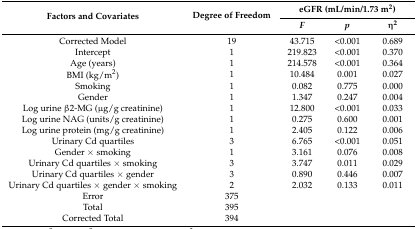
| <ROWSPAN=2> Factors and Covariates | <ROWSPAN=2> Degree of Freedom | <COLSPAN=3> eGFR (mL/min/1.73 m2) |
 | F | p | η2 |
 | --- | --- | --- | --- | --- |
 | Corrected Model | 19 | 43.715 | <0.001 | 0.689 |
 | Intercept | 1 | 219.823 | <0.001 | 0.370 |
 | Age (years) | 1 | 214.578 | <0.001 | 0.364 |
 | BMI (kg/m2) | 1 | 10.484 | 0.001 | 0.027 |
 | Smoking | 1 | 0.082 | 0.775 | 0.000 |
 | Gender | 1 | 1.347 | 0.247 | 0.004 |
 | Log urine β2-MG (μg/g creatinine) | 1 | 12.800 | <0.001 | 0.033 |
 | Log urine NAG (units/g creatinine) | 1 | 0.275 | 0.600 | 0.001 |
 | Log urine protein (mg/g creatinine) | 1 | 2.405 | 0.122 | 0.006 |
 | Urinary Cd quartiles | 3 | 6.765 | <0.001 | 0.051 |
 | Gender × smoking | 1 | 3.161 | 0.076 | 0.008 |
 | Urinary Cd quartiles × smoking | 3 | 3.747 | 0.011 | 0.029 |
 | Urinary Cd quartiles × gender | 3 | 0.890 | 0.446 | 0.007 |
 | Urinary Cd quartiles × gender × smoking | 2 | 2.032 | 0.133 | 0.011 |
 | Error | 375 |  |  |  |
 | Total | 395 |  |  |  |
 | Corrected Total | 394 |  |  |  |